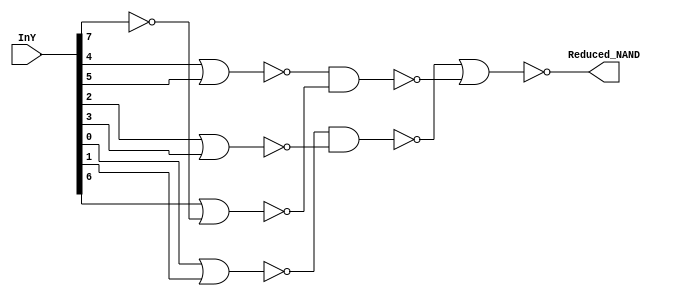
module NAND8_reducer(
	InY,
	Reduced_NAND
);


input wire	[7:0] InY;
output wire	Reduced_NAND;

wire	SYNTHESIZED_WIRE_0;
wire	SYNTHESIZED_WIRE_1;
wire	SYNTHESIZED_WIRE_2;
wire	SYNTHESIZED_WIRE_3;
wire	SYNTHESIZED_WIRE_4;
wire	SYNTHESIZED_WIRE_5;
wire	SYNTHESIZED_WIRE_6;




assign	SYNTHESIZED_WIRE_5 = ~(InY[4] | InY[5]);

assign	SYNTHESIZED_WIRE_4 = ~(InY[2] | InY[3]);

assign	SYNTHESIZED_WIRE_2 =  ~InY[7];

assign	SYNTHESIZED_WIRE_3 = ~(InY[0] | InY[1]);

assign	Reduced_NAND = ~(SYNTHESIZED_WIRE_0 | SYNTHESIZED_WIRE_1);

assign	SYNTHESIZED_WIRE_6 = ~(InY[6] | SYNTHESIZED_WIRE_2);

assign	SYNTHESIZED_WIRE_0 = ~(SYNTHESIZED_WIRE_3 & SYNTHESIZED_WIRE_4);

assign	SYNTHESIZED_WIRE_1 = ~(SYNTHESIZED_WIRE_5 & SYNTHESIZED_WIRE_6);


endmodule